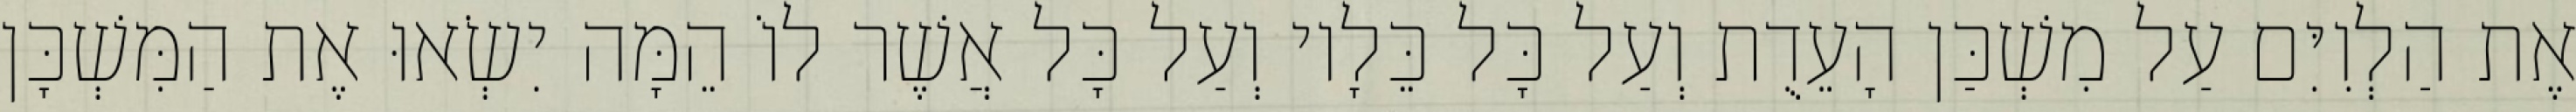
אֶת הַלְוִיִּם עַל מִשְׁכַּן הָעֵדֻת וְעַל כָּל כֵּלָיו וְעַל כָּל אֲשֶׁר לוֹ הֵמָּה יִשְׂאוּ אֶת הַמִּשְׁכָּן